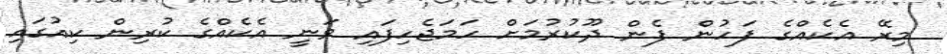
މިރޭ އެކެއްގެ ފަހުން ފެން ދޫކުރުމަށް ހަމަޖެހިފައި ވަނީ އެކެއްގެ ކުރިން ކިއުގައި